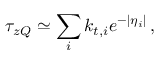
\tau _ { z Q } \simeq \sum _ { i } k _ { t , i } e ^ { - | \eta _ { i } | } \, ,